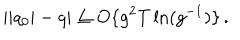
| | q _ { 0 } | - q | \leq O \{ g ^ { 2 } T \ln ( g ^ { - 1 } ) \} \, .